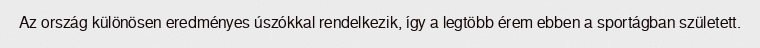
Az ország különösen eredményes úszókkal rendelkezik, így a legtöbb érem ebben a sportágban született.